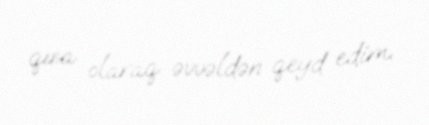
qısa olaraq əvvəldən qeyd edim.